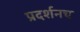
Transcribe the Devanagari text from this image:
प्रदर्शनच